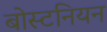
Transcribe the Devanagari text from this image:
बोस्टनियन